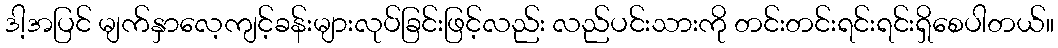
ဒါ့အပြင် မျက်နှာလေ့ကျင့်ခန်းများလုပ်ခြင်းဖြင့်လည်း လည်ပင်းသားကို တင်းတင်းရင်းရင်းရှိစေပါတယ်။